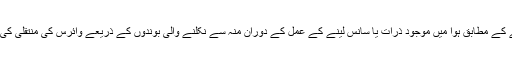
ہانگ کانگ میں ایک ٹیم کی جانب سے کیے گئے اس مطالعے کے مطابق ہوا میں موجود ذرات یا سانس لینے کے عمل کے دوران منہ سے نکلنے والی بوندوں کے ذریعے وائرس کی منتقلی کی شرح میں ماسک پہننے کے بعد 75 فی صد کمی دیکھی گئی۔